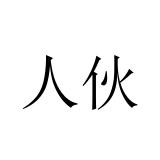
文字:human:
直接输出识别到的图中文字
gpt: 人伙